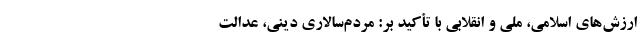
ارزش‌های اسلامی، ملی و انقلابی با تأکید بر: مردم‌سالاری دینی، عدالت